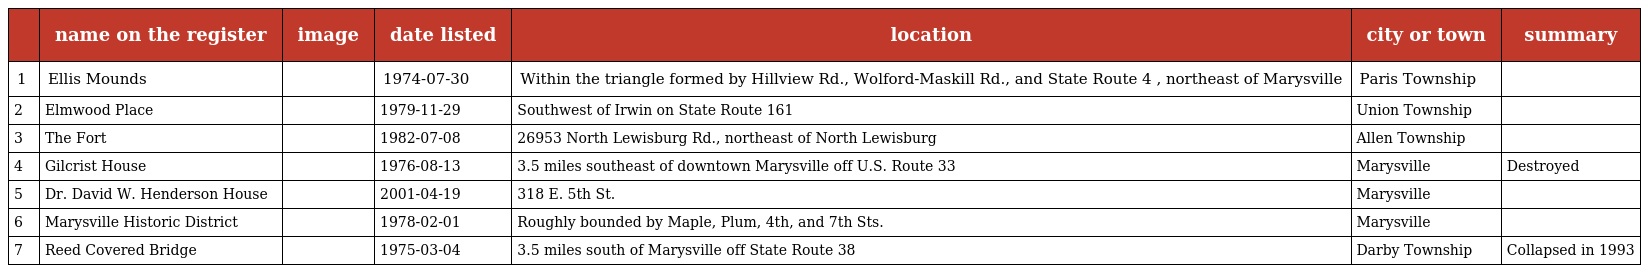
|  | name on the register | image | date listed | location | city or town | summary |
 | --- | --- | --- | --- | --- | --- | --- |
 | 1 | Ellis Mounds |  | 1974-07-30 | Within the triangle formed by Hillview Rd., Wolford-Maskill Rd., and State Route 4 , northeast of Marysville | Paris Township |  |
 | 2 | Elmwood Place |  | 1979-11-29 | Southwest of Irwin on State Route 161 | Union Township |  |
 | 3 | The Fort |  | 1982-07-08 | 26953 North Lewisburg Rd., northeast of North Lewisburg | Allen Township |  |
 | 4 | Gilcrist House |  | 1976-08-13 | 3.5 miles southeast of downtown Marysville off U.S. Route 33 | Marysville | Destroyed |
 | 5 | Dr. David W. Henderson House |  | 2001-04-19 | 318 E. 5th St. | Marysville |  |
 | 6 | Marysville Historic District |  | 1978-02-01 | Roughly bounded by Maple, Plum, 4th, and 7th Sts. | Marysville |  |
 | 7 | Reed Covered Bridge |  | 1975-03-04 | 3.5 miles south of Marysville off State Route 38 | Darby Township | Collapsed in 1993 |